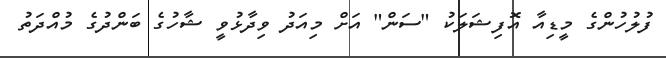
ފުލުހުންގެ މީޑިއާ އޮފިޝަލަކު "ސަން" އަށް މިއަދު ވިދާޅުވީ ޝާހުގެ ބަންދުގެ މުއްދަތު